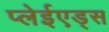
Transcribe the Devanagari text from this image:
प्लेईएड्स